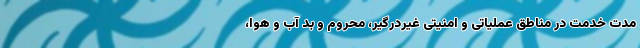
مدت خدمت در مناطق عملیاتی و امنیتی غیردرگیر، محروم و بد آب و هوا،